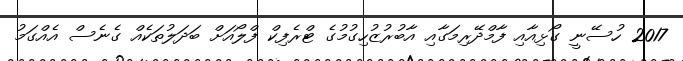
2017 ހުސޭނީ ގޯޅިއާއި ފާމްދޭރިމަގާއި އާބުރުޒުހިގުމުގެ ޓްރެފިކް ފްލޯއަށް ބަދަލުތަކެއް ގެނެސް އެއްގަމު